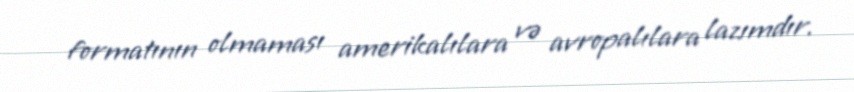
formatının olmaması amerikalılara və avropalılara lazımdır.